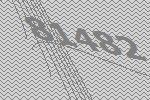
81482